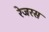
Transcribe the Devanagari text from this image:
रेजरस